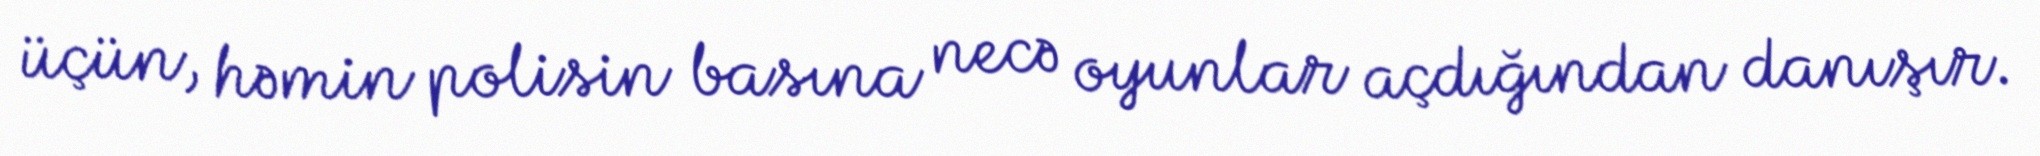
üçün, həmin polisin basına necə oyunlar açdığından danışır.